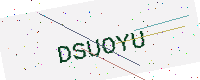
Text: DSUOYU